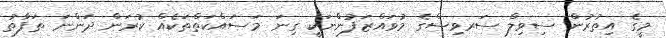
މީގެ އިތުރުން ސިވިލް ސަރވިސްގެ މުވައްޒަފުންނަކީ ގިނަ މަސައްކަތްތަކެއް ކުރަން ދަންނަ ތަފާތު